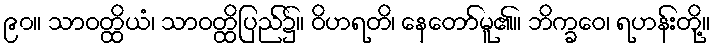
၉၀။ သာဝတ္ထိယံ၊ သာဝတ္ထိပြည်၌။ ဝိဟရတိ၊ နေတော်မူ၏။ ဘိက္ခဝေ၊ ရဟန်းတို့။